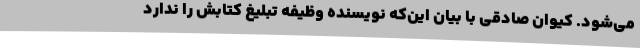
می‌شود. کیوان صادقی با بیان این‌که نویسنده وظیفه تبلیغ کتابش را ندارد